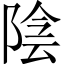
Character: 陰